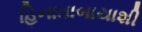
હિનાતાબાયાશી